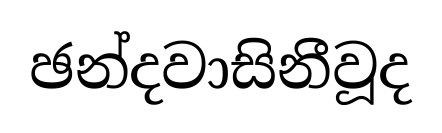
ඡන්දවාසිනීවූද